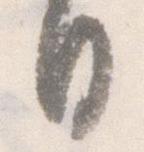
日